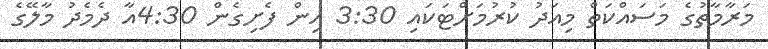
މަރާމާތުގެ މަސައްކަތް މިއަދު ކުރުމަށްޓަކައި 3:30 އިން ފެށިގެން 4:30އާ ދެމެދު މާލޭގެ